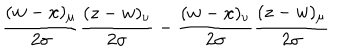
\frac { ( w - x ) _ { \mu } } { 2 \sigma } \frac { ( z - w ) _ { \nu } } { 2 \sigma } - \frac { ( w - x ) _ { \nu } } { 2 \sigma } \frac { ( z - w ) _ { \mu } } { 2 \sigma }